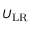
U _ { \mathrm { L R } }